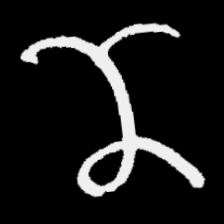
Pyu character \u2014 Myanmar letter: ဏ (romanized: nna)